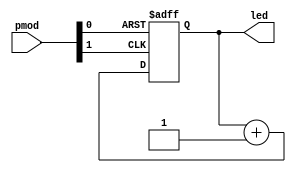
module button_counter(
    input      [1:0] pmod,
    output reg [4:0] led
);
    wire reset;
    wire clock;

    assign reset = ~pmod[0];
    assign clock = ~pmod[1];

    // Execute on rising edge of clock or reset
    always @ (posedge clock or posedge reset) begin
        // Reset LED's to 0 if reset button pressed
        if (reset == 1'b1) begin
            led <= 5'b0;
        // Else add 1 to LED 
        end else begin
            led <= led + 1'b1;
        end
    end
endmodule